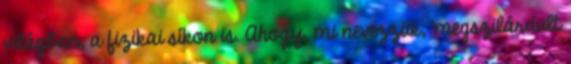
világban, a fizikai síkon is. Ahogy, mi nevezzük, 'megszilárdult